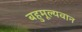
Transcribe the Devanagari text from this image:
बहुमूल्यवान